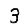
Digit: 3